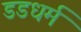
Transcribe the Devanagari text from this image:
डडधर्म